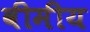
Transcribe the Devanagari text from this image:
वीमीय